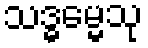
သဒ္ဓမ္မေသု